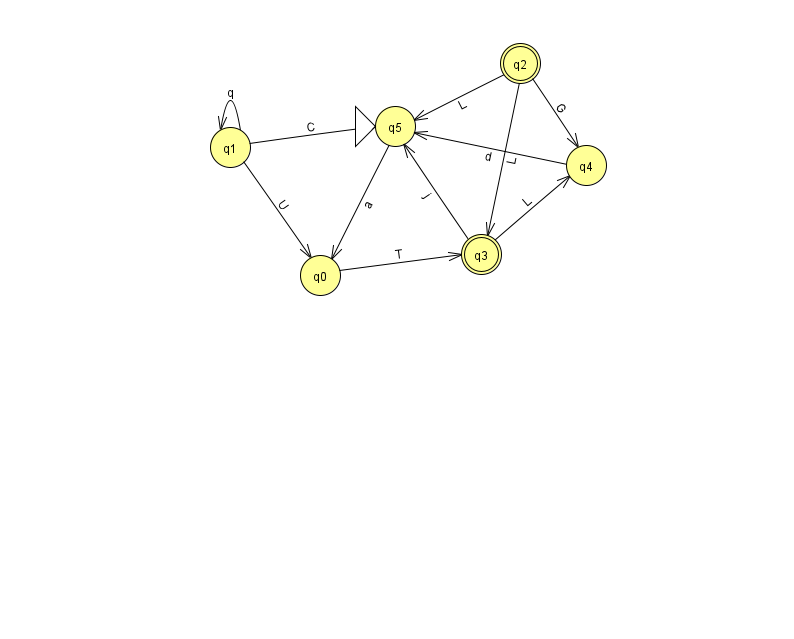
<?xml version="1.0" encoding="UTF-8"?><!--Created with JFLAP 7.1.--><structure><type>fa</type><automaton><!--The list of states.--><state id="0" name="q0"><x>320.0</x><y>262.0</y></state><state id="1" name="q1"><x>230.0</x><y>134.0</y></state><state id="2" name="q2"><x>520.0</x><y>50.0</y><final/></state><state id="3" name="q3"><x>481.0</x><y>241.0</y><final/></state><state id="4" name="q4"><x>586.0</x><y>152.0</y></state><state id="5" name="q5"><x>395.0</x><y>113.0</y><initial/></state><!--The list of transitions.--><transition><from>0</from><to>3</to><read>T</read></transition><transition><from>1</from><to>1</to><read>q</read></transition><transition><from>3</from><to>5</to><read>j</read></transition><transition><from>2</from><to>3</to><read>L</read></transition><transition><from>1</from><to>5</to><read>C</read></transition><transition><from>2</from><to>4</to><read>G</read></transition><transition><from>2</from><to>5</to><read>L</read></transition><transition><from>5</from><to>0</to><read>a</read></transition><transition><from>1</from><to>0</to><read>U</read></transition><transition><from>3</from><to>4</to><read>L</read></transition><transition><from>4</from><to>5</to><read>d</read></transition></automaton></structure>